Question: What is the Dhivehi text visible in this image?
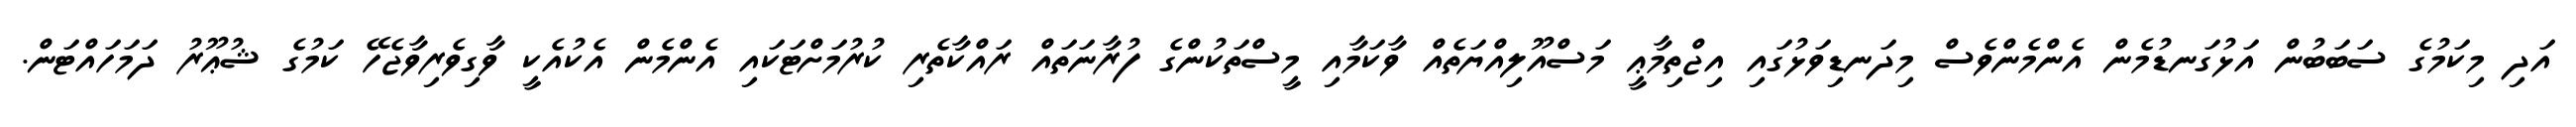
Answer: އަދި މިކަމުގެ ސަބަބުން އަޅުގަނޑުމެން އެންމެންވެސް މިދަނޑިވަޅުގައި އިޖްތިމާޢީ މަސްއޫލިއްޔަތެއް ވާކަމާއި މީސްތަކުންގެ ފުރާނަތައް ރައްކާތެރި ކުރުމަށްޓަކައި އެންމެން އެކުއެކީ ވާގިވެރިވާޖެހޭ ކަމުގެ ޝުޢޫރު ދަމަހައްޓަން.